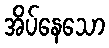
အိပ်နေသော